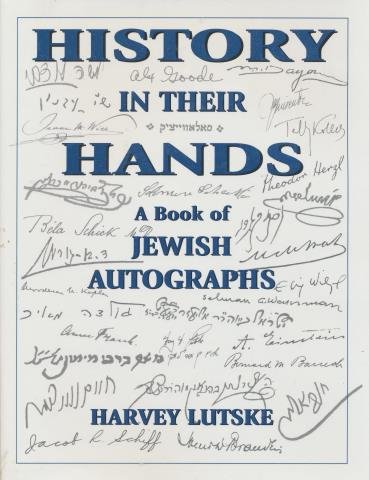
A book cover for History in Their Hands: A Book of Jewish Autographs; Harvey Lutske; Crafts, Hobbies & Home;